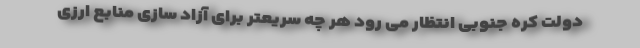
دولت کره جنوبی انتظار می رود هر چه سریعتر برای آزاد سازی منابع ارزی